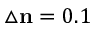
\triangle \mathbf { n } = 0 . 1